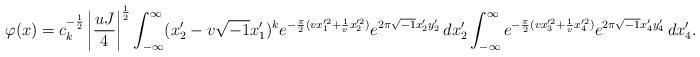
LaTeX: \begin{align*} \varphi(x) = c_k^{-\frac{1}{2}} \left| \frac{uJ}{4} \right|^{\frac{1}{2}} \int_{-\infty}^\infty (x_2' - v \sqrt{-1} x_1')^k e^{- \frac{\pi}{2}(v x_1'^2 + \frac{1}{v} x_2'^2)} e^{2 \pi \sqrt{-1} x_2'y_2'} \, dx_2' \int_{-\infty}^\infty e^{- \frac{\pi}{2}(v x_3'^2 + \frac{1}{v} x_4'^2)} e^{2 \pi \sqrt{-1} x_4'y_4'} \, dx_4'.\end{align*}